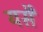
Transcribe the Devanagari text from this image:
यसै